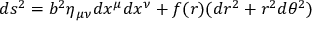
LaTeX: d s ^ { 2 } = b ^ { 2 } \eta _ { \mu \nu } d x ^ { \mu } d x ^ { \nu } + f ( r ) ( d r ^ { 2 } + r ^ { 2 } d \theta ^ { 2 } )